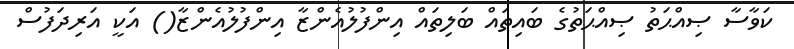
ކަވާސާ ޞިއްޙަތު ޞިއްޙަތުގެ ބައިތައް ބަލިތައް އިންފުލުއެންޒާ އިންފުލުއެންޒާ() އަކީ އަރިދަފުސް